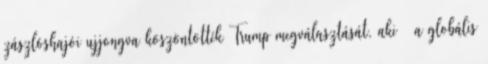
zászlóshajói ujjongva köszöntötték Trump megválasztását, aki – a globális